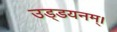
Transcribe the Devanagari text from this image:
उड्डयनम्।